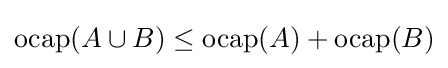
\operatorname {ocap} (A\cup B)\leq \operatorname {ocap} (A)+\operatorname {ocap} (B)